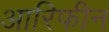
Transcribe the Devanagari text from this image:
आरिफीन